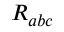
R _ { a b c }